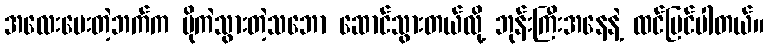
အလေးပေးတဲ့ဘက်က ပိုကဲသွားတဲ့သဘော ဆောင်သွားတယ်လို့ ဘုန်းကြီးအနေနဲ့ ထင်မြင်ပါတယ်။